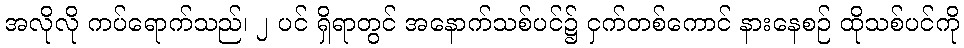
အလိုလို ကပ်ရောက်သည်၊ ၂ ပင် ရှိရာတွင် အနောက်သစ်ပင်၌ ငှက်တစ်ကောင် နားနေစဉ် ထိုသစ်ပင်ကို